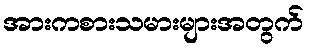
အားကစားသမားများအတွက်